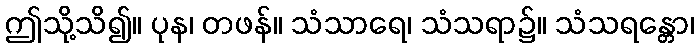
ဤသို့သိ၍။ ပုန၊ တဖန်။ သံသာရေ၊ သံသရာ၌။ သံသရန္တော၊